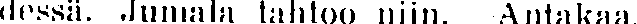
dessä. Jumala tahtoo niin. Antakaa.